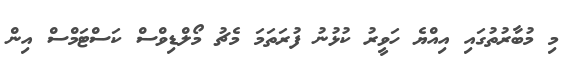
މި މުބާރުތުގައި އިއްޔެ ހަވީރު ކުޅުނު ފުރަތަމަ މެޗު މޯލްޑިވްސް ކަސްޓަމްސް އިން